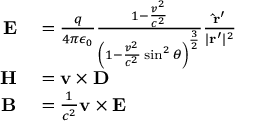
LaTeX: \begin{array} { r l } { \mathbf { E } } & { { } = { \frac { q } { 4 \pi \epsilon _ { 0 } } } { \frac { 1 - { \frac { v ^ { 2 } } { c ^ { 2 } } } } { \left( 1 - { \frac { v ^ { 2 } } { c ^ { 2 } } } \sin ^ { 2 } \theta \right) ^ { \frac { 3 } { 2 } } } } { \frac { \mathbf { { \hat { r } } ^ { \prime } } } { | \mathbf { r } ^ { \prime } | ^ { 2 } } } } \\ { \mathbf { H } } & { { } = \mathbf { v } \times \mathbf { D } } \\ { \mathbf { B } } & { { } = { \frac { 1 } { c ^ { 2 } } } \mathbf { v } \times \mathbf { E } } \end{array}